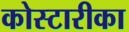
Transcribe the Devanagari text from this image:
कोस्टारीका